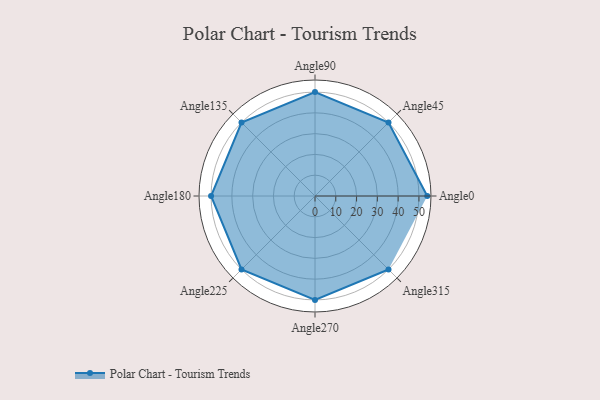
{"axis": {"x": "Angle", "y": "Radius"}, "legend": [""], "data": [{"x": "Angle0", "y": 54.0, "type": ""}, {"x": "Angle45", "y": 50, "type": ""}, {"x": "Angle90", "y": 50.0, "type": ""}, {"x": "Angle135", "y": 50, "type": ""}, {"x": "Angle180", "y": 50, "type": ""}, {"x": "Angle225", "y": 50, "type": ""}, {"x": "Angle270", "y": 50, "type": ""}, {"x": "Angle315", "y": 50, "type": ""}]}